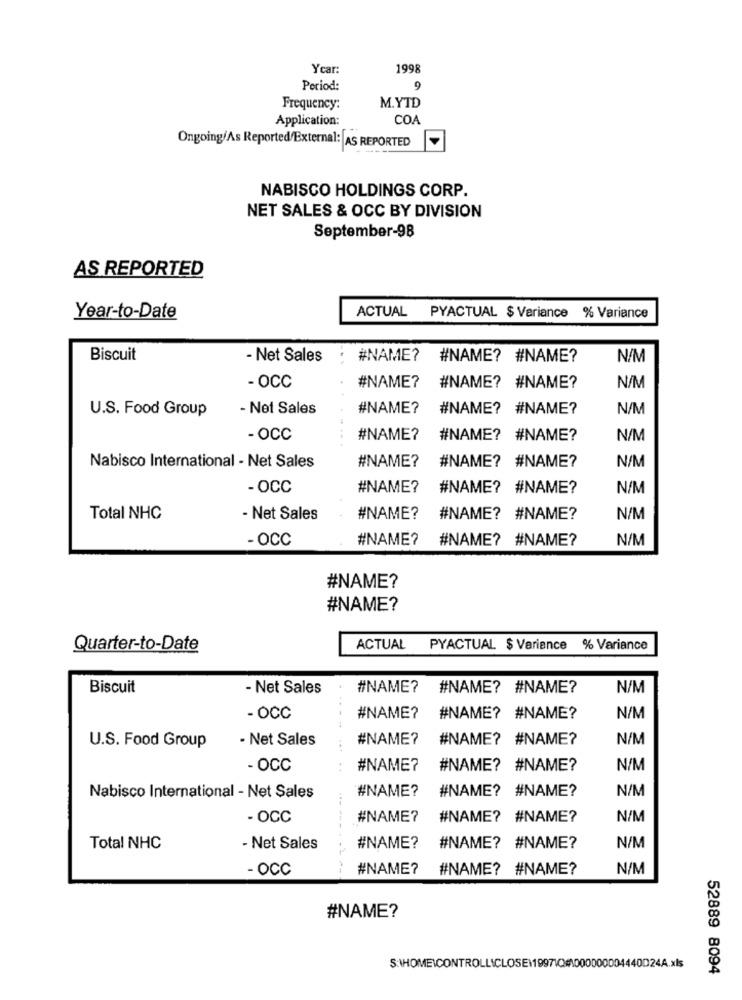
Ycar:
1998
Period:
9
Frequency:
M.YTD
Application:
COA
Ongoing/As Reported External: AS REPORTED
NABISCO HOLDINGS CORP.
NET SALES & OCC BY DIVISION
September-98
AS REPORTED
Year-to-Date
ACTUAL PYACTUAL $ Variance % Variance
Biscuit
- Net Sales
#NAME? #NAME? #NAME?
N/M
- OCC
#NAME?
#NAME? #NAME?
N/M
U.S. Food Group
- Net Sales
#NAME?
#NAME? #NAME?
N/M
- OCC
#NAME?
#NAME? #NAME?
N/M
N/M
Nabisco International - Net Sales
#NAME?
#NAME? #NAME?
- OCC
#NAME?
#NAME? #NAME?
N/M
Total NHC
- Net Sales
#NAME?
#NAME? #NAME?
N/M
- OCC
#NAME?
#NAME? #NAME?
N/M
#NAME?
#NAME?
Quarter-to-Date
ACTUAL PYACTUAL $ Variance
% Variance
Biscuit
- Net Sales
#NAME? #NAME? #NAME?
N/M
- OCC
#NAME?
#NAME? #NAME?
N/M
. Net Sales
#NAME?
#NAME? #NAME?
N/M
U.S. Food Group
- OCC
#NAME?
#NAME? #NAME?
N/M
#NAME? #NAME?
N/M
Nabisco International - Net Sales
#NAME?
- OCC
#NAME?
#NAME? #NAME?
N/M
Total NHC
- Net Sales
#NAME?
#NAME? #NAME?
N/M
- OCC
#NAME?
#NAME? #NAME?
N/M
#NAME?
52889 8094